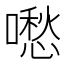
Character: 𠿈